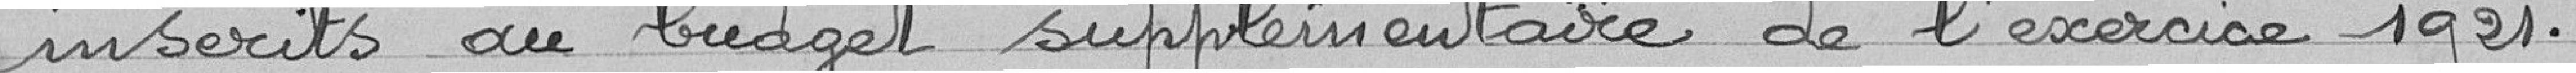
inscrits au budget supplémentaire de l'exercice 1921.